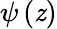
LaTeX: \psi\left(\mathit{z}\right)